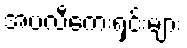
အပလီကေးရှင်းများ